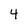
Character: 4